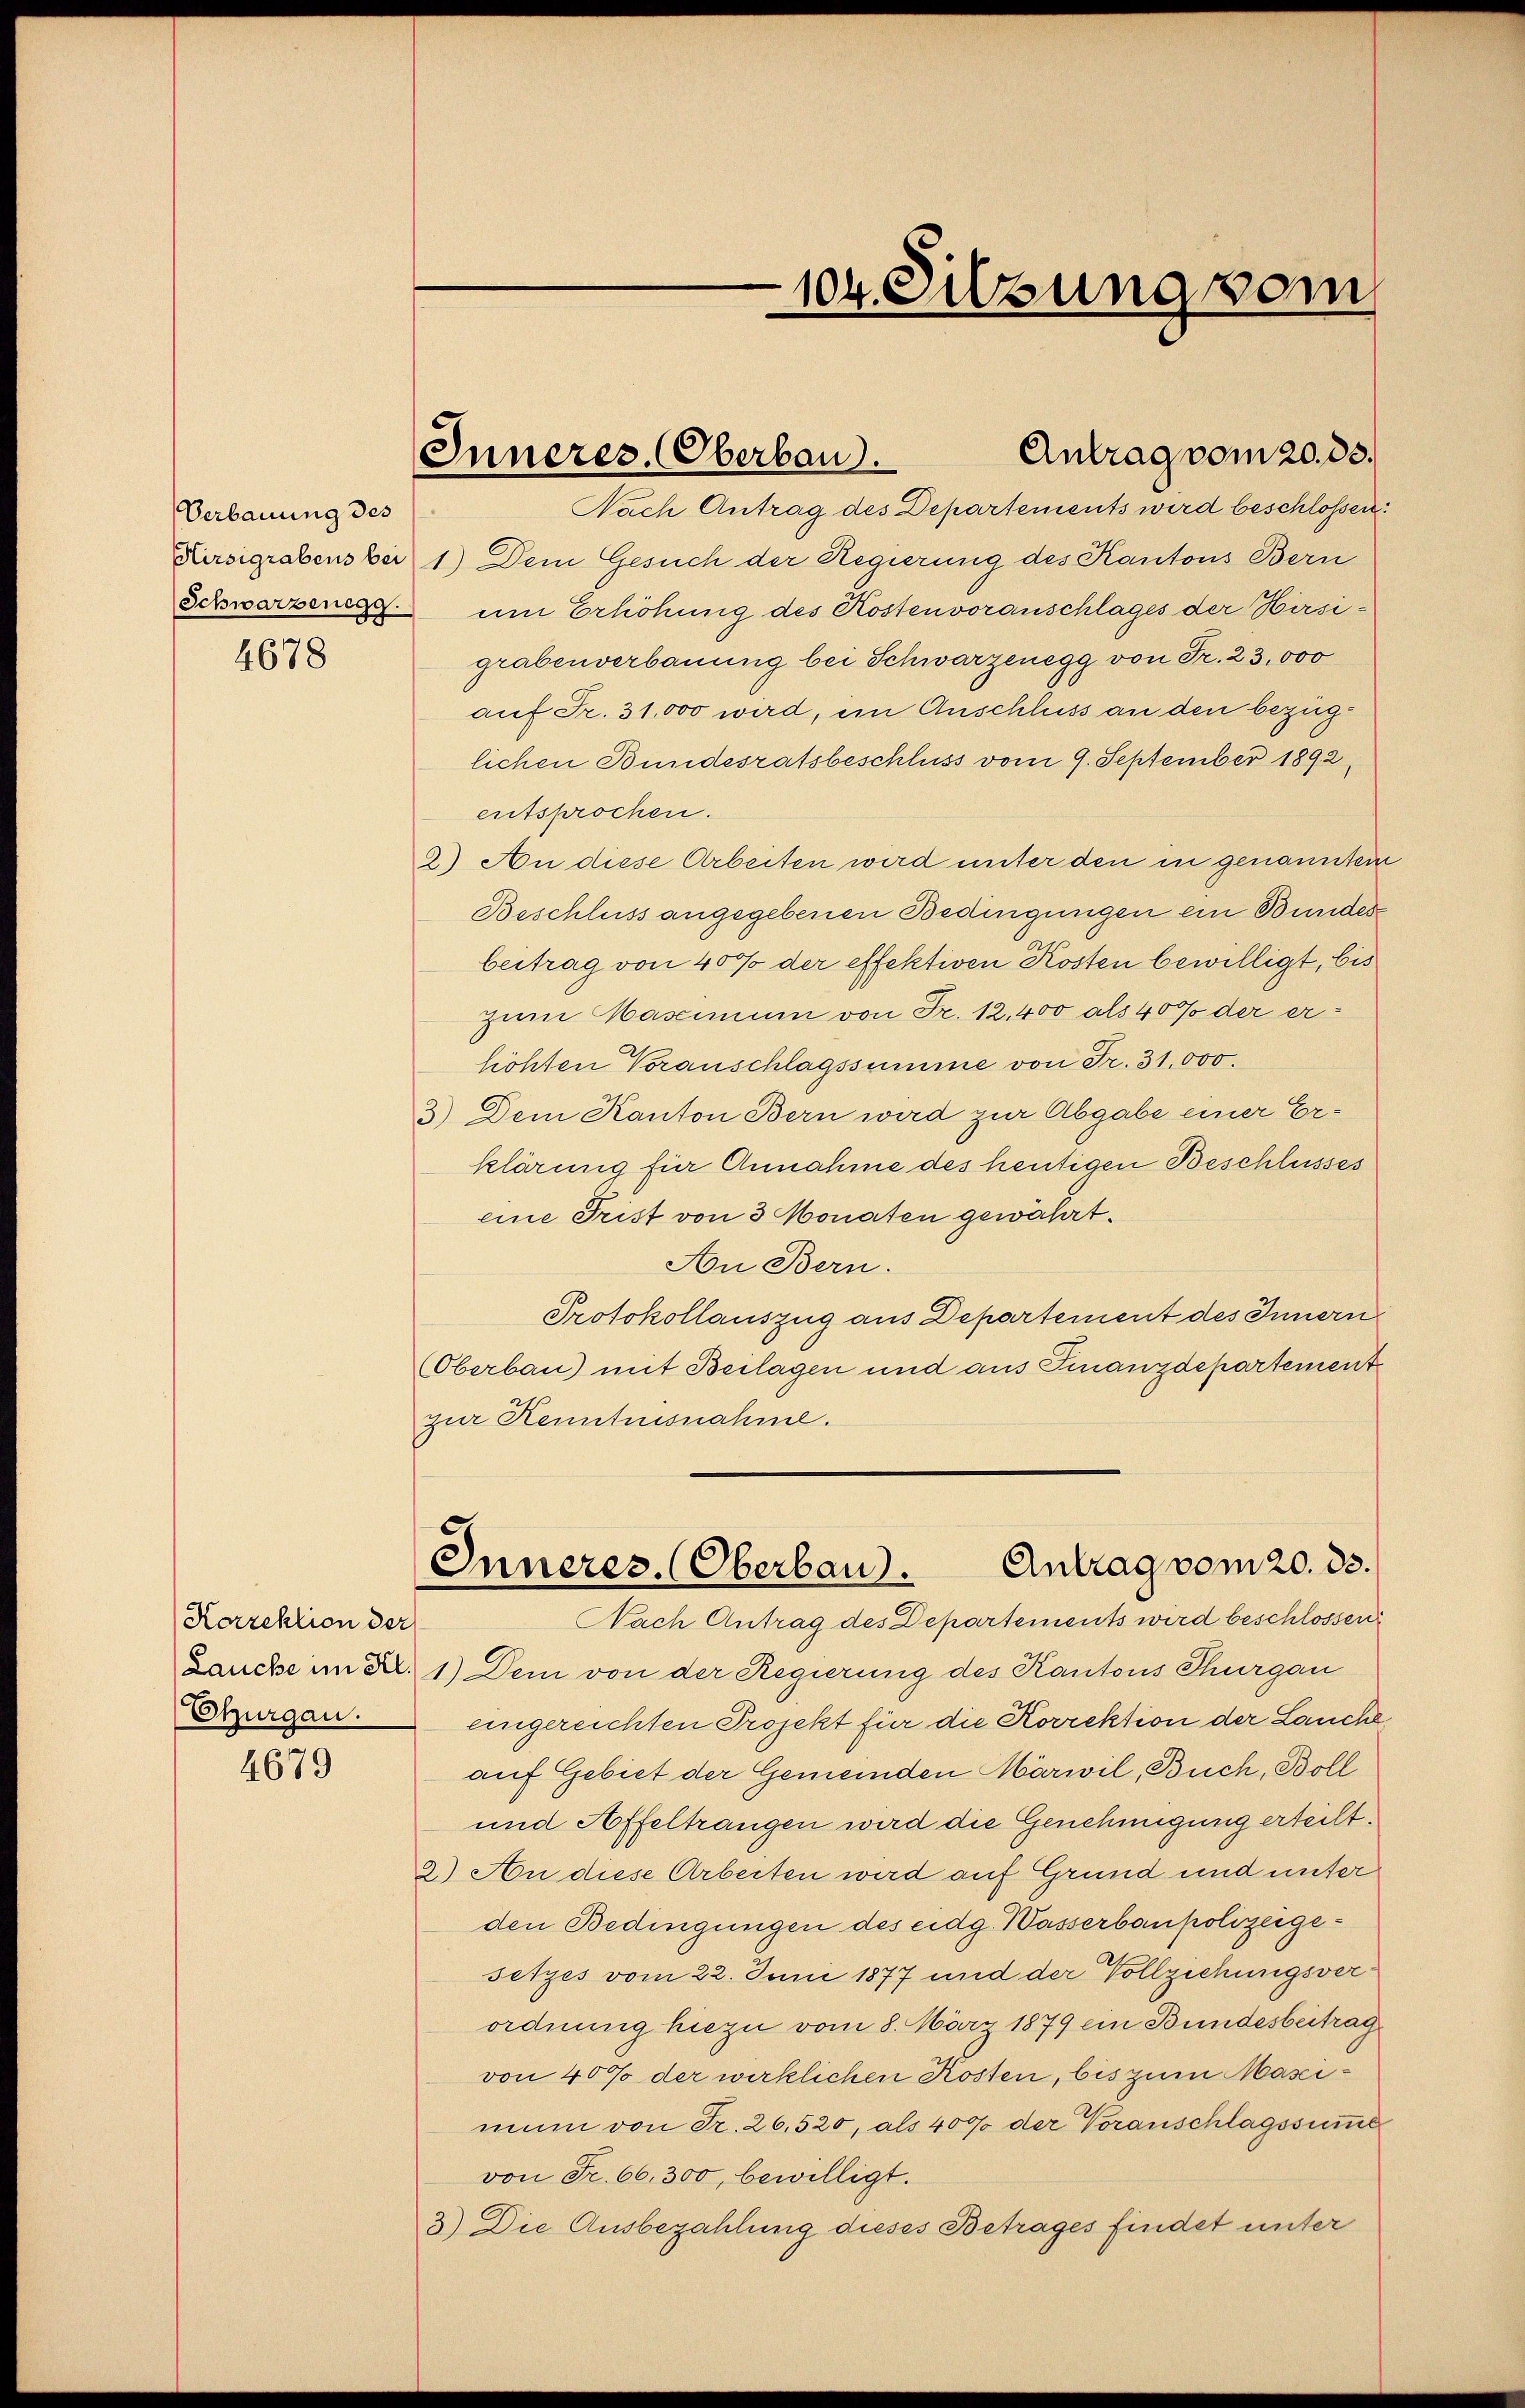
Verbauung des
Schwarzenegg

4678

4679

Korrektion der
Lauche im Kl.
Ehurgau.

Nach Antrag des Departements wird beschlossen:
Kirsigrabens bei 1) Dem Gesuch der Regierung des Kantons Bern
um Erhöhung des Kostenvoranschlages der Hirsigraben verbauung bei Schwarzenegg von Fr. 23,000
auf Fr. 31,000 wird, im Anschluss an den bezüglichen Bundesratsbeschluss vom 9. September 1892,
entsprochen.
2) An diese Arbeiten wird unter den in genannter
Beschluss angegebenen Bedingungen ein Bundes
beitrag von 40% der effektiven Kosten bewilligt, bis
zum Mascimum von Fr. 12,400 als 40% der erhichten Voranschlagssumme von Fr. 31,000.
3.) Dem Kanton Bern wird zur Abgabe einer Erklärung für Annahme des heutigen Beschlusses
eine Frist von 3 Monaten gewährt.
An Bern.
Protokollauszug aus Departement des Innern
Oberbau) mit Beilagen und aus Finanzdepartement
zur Kenntnisnahme.
Antrag vom 20. 33.
Inneres. (Oberbau.
Nach Antrag des Departements wird beschlossen
1.) Dem von der Regierung des Kantons Thurgau
eingereichten Projekt für die Korrektion der Lauche
auf Gebiet der Gemeinden Märwil, Buch, Boll
und Affeltrangen wird die Genehmigung erteilt.
2.) An diese Arbeiten wird auf Grund und unter
den Bedingungen des eidg. Wasserbaupolizeigesetzes vom 22. Juni 1877 und der Vollziehungsverordnung hiezu vom 8. März 1879 ein Bundesbeitrag
von 40% der wirklichen Kosten, bis zum Masimum von Fr. 26,520, als 4000 der Voranschlagssumme
von Fr. 66,300, bewilligt.
3) Die Ausbezahlung dieses Betrages findet unter

104. Sitzung vom

Antrag vom 20. ds.
Inneres, Oberbau).